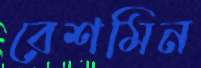
রেশমিন